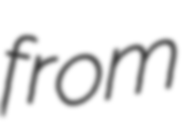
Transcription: from